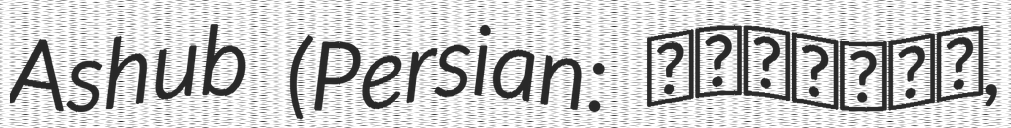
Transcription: Ashub (Persian: شهراشوب,